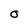
Character: O